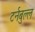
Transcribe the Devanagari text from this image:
टर्नबुल्ल